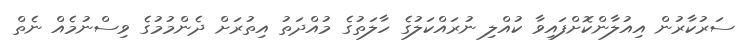
ސަރުކާރުން އިއުލާންކޮށްފައިވާ ކުއްލި ނުރައްކަލުގެ ހާލަތުގެ މުއްދަތު އިތުރަށް ދެންމުމުގެ ވިސްނުމެއް ނެތް